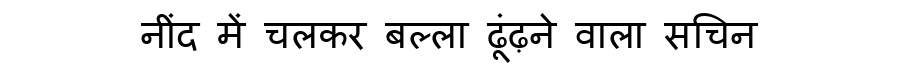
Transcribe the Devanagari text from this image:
नींद में चलकर बल्ला ढूंढ़ने वाला सचिन